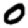
Digit: 0